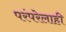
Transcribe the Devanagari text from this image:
परंपरेलाही